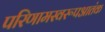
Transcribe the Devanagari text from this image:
परिणामस्वरूपआतंक